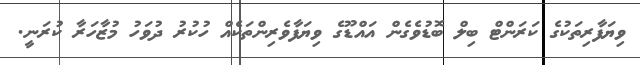
ވިޔަފާރިތަކުގެ ކަރަންޓް ބިލް ބޮޑުވެގެން އައްޑޫގެ ވިޔަފާވެރިންތަކެއް ހުކުރު ދުވަހު މުޒާހަރާ ކުރަނީ.